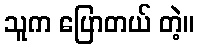
သူက ပြောတယ် တဲ့။